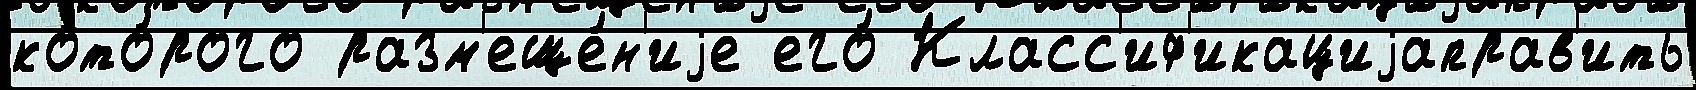
кото́рого разм'еще́н'иjе его́ Класс'иф'икациjаправ'ить